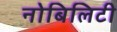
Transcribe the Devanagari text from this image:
नोबिलिटी